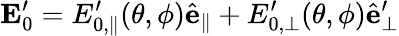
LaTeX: \mathbf{E}_{0}^{\prime}=E_{0,\parallel}^{\prime}(\theta,\phi)\hat{\mathbf{e}}_{\parallel}+E_{0,\perp}^{\prime}(\theta,\phi)\hat{\mathbf{e}}_{\perp}^{\prime}